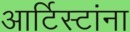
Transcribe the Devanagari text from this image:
आर्टिस्टांना